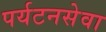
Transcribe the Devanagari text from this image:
पर्यटनसेवा